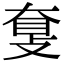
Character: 𥆗